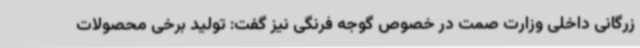
زرگانی داخلی وزارت صمت در خصوص گوجه فرنگی نیز گفت: تولید برخی محصولات